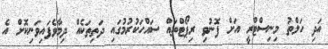
އަދި ހަލްތު މިނިސްޓްރީ އަށް ފޮނުވި ރިޕޯޓްތައް ސައްހަކުރުމުގައި ދަތިތަކެއް ދިމާވެފައިވަނިކޮށް އެ